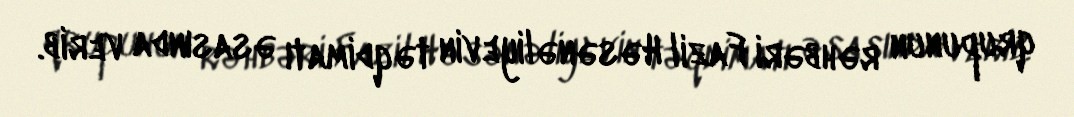
qrupunun rəhbəri Fazil Həsənəliyevin təqdimatı əsasında verib.